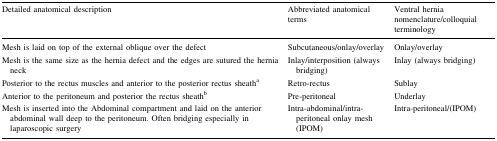
<table><thead><tr><td><b>Detailed anatomical description</b></td><td><b>Abbreviated anatomical terms</b></td><td><b>Ventral hernia nomenclature/colloquial terminology</b></td></tr></thead><tbody><tr><td>Mesh is laid on top of the external oblique over the defect</td><td>Subcutaneous/onlay/overlay</td><td>Onlay/overlay</td></tr><tr><td>Mesh is the same size as the hernia defect and the edges are sutured the hernia neck</td><td>Inlay/interposition (always bridging)</td><td>Inlay (always bridging)</td></tr><tr><td>Posterior to the rectus muscles and anterior to the posterior rectus sheath<sup>a</sup></td><td>Retro-rectus</td><td>Sublay</td></tr><tr><td>Anterior to the peritoneum and posterior the rectus sheath<sup>b</sup></td><td>Pre-peritoneal</td><td>Underlay</td></tr><tr><td>Mesh is inserted into the Abdominal compartment and laid on the anterior abdominal wall deep to the peritoneum. Often bridging especially in laparoscopic surgery</td><td>Intra-abdominal/intra-peritoneal onlay mesh (IPOM)</td><td>Intra-peritoneal/(IPOM)</td></tr></tbody></table>